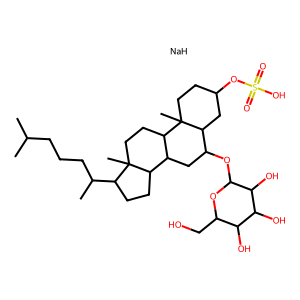
SMILES: CC(C)CCCC(C)C1CCC2C3CC(OC4OC(CO)C(O)C(O)C4O)C4CC(OS(=O)(=O)O)CCC4(C)C3CCC12C.[NaH]
Inhibits HIV replication: No